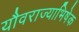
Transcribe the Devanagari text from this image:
यौवराज्याभिषेक